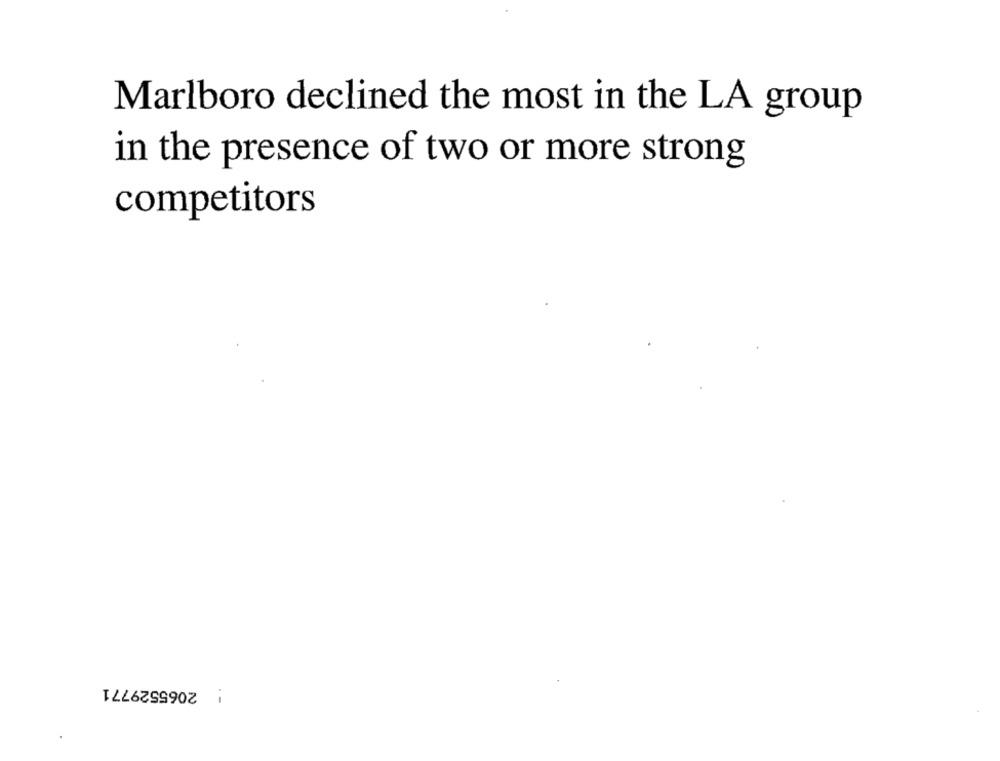
Marlboro declined the most in the LA group
in the presence of two or more strong
competitors
: 2065529771